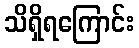
သိရှိရကြောင်း